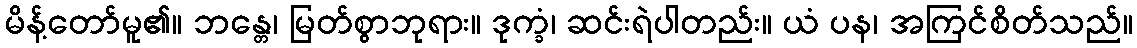
မိန့်တော်မူ၏။ ဘန္တေ၊ မြတ်စွာဘုရား။ ဒုက္ခံ၊ ဆင်းရဲပါတည်း။ ယံ ပန၊ အကြင်စိတ်သည်။